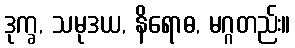
ဒုက္ခ, သမုဒယ, နိရောဓ, မဂ္ဂတည်း။